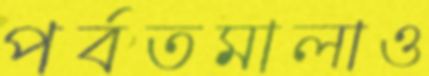
পর্বতমালাও